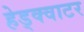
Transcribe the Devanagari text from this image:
हेड्क्वाटर